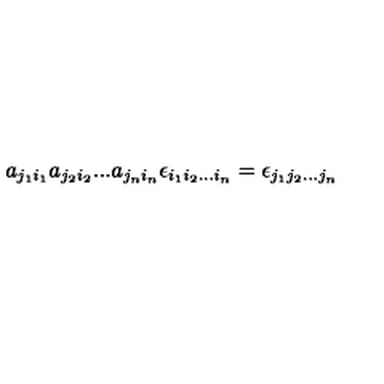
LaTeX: a _ { j _ { 1 } i _ { 1 } } a _ { j _ { 2 } i _ { 2 } } . . . a _ { j _ { n } i _ { n } } \epsilon _ { i _ { 1 } i _ { 2 } . . . i _ { n } } = \epsilon _ { j _ { 1 } j _ { 2 } . . . j _ { n } }